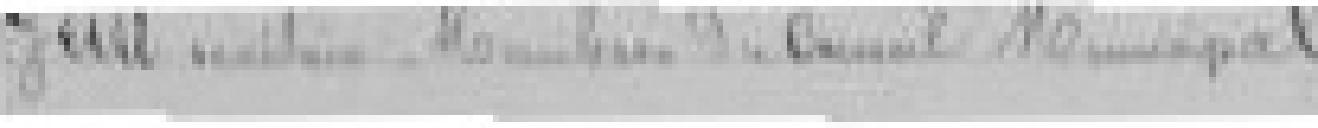
GEIST ??? membres du Conseil Municipal